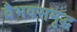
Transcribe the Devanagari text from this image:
वैभवसमृद्ध